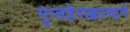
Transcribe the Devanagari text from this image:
गुप्तहेरखात्याने